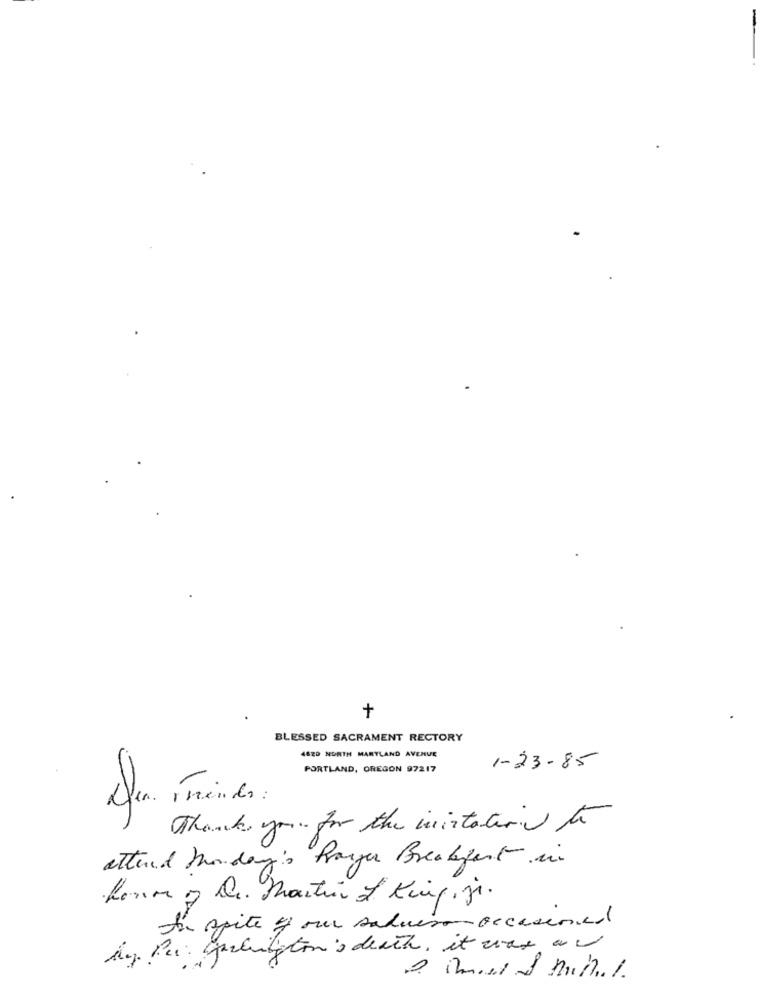
+
BLESSED SACRAMENT RECTORY
4620 NORTH MARYLAND AVENUE
PORTLAND, OREGON 97217
1-23-85
Friends :
Thank you for the invitation to
attend Monday's Pranger Breakfast in
formy De. Martin of King, jr.
In spite of our saluer-occasione
My Per garhilton's death, it was a